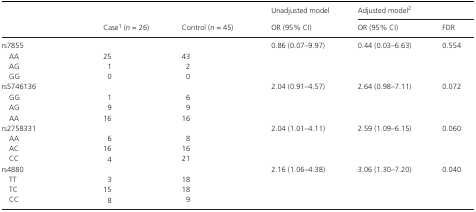
<table><thead><tr><td></td><td></td><td></td><td><b>Unadjusted model</b></td><td colspan="2"><b>Adjusted model2</b></td></tr><tr><td></td><td rowspan="2"><b>Case1 (<i>n</i> = 26)</b></td><td rowspan="2"><b>Control (<i>n</i> = 45)</b></td><td><b>OR (95% CI)</b></td><td><b>OR (95% CI)</b></td><td><b>FDR</b></td></tr></thead><tbody><tr><td>rs7855</td><td></td><td></td><td>0.86 (0.07–9.97)</td><td>0.44 (0.03–6.63)</td><td>0.554</td></tr><tr><td> AA</td><td>25</td><td>43</td><td></td><td></td><td></td></tr><tr><td> AG</td><td>1</td><td>2</td><td></td><td></td><td></td></tr><tr><td> GG</td><td>0</td><td>0</td><td></td><td></td><td></td></tr><tr><td>rs5746136</td><td></td><td></td><td>2.04 (0.91–4.57)</td><td>2.64 (0.98–7.11)</td><td>0.072</td></tr><tr><td> GG</td><td>1</td><td>6</td><td></td><td></td><td></td></tr><tr><td> AG</td><td>9</td><td>9</td><td></td><td></td><td></td></tr><tr><td> AA</td><td>16</td><td>16</td><td></td><td></td><td></td></tr><tr><td>rs2758331</td><td></td><td></td><td>2.04 (1.01–4.11)</td><td>2.59 (1.09–6.15)</td><td>0.060</td></tr><tr><td> AA</td><td>6</td><td>8</td><td></td><td></td><td></td></tr><tr><td> AC</td><td>16</td><td>16</td><td></td><td></td><td></td></tr><tr><td> CC</td><td>4</td><td>21</td><td></td><td></td><td></td></tr><tr><td>rs4880</td><td></td><td></td><td>2.16 (1.06–4.38)</td><td>3.06 (1.30–7.20)</td><td>0.040</td></tr><tr><td> TT</td><td>3</td><td>18</td><td></td><td></td><td></td></tr><tr><td> TC</td><td>15</td><td>18</td><td></td><td></td><td></td></tr><tr><td> CC</td><td>8</td><td>9</td><td></td><td></td><td></td></tr></tbody></table>